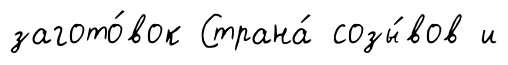
загото́вок Страна́ созы́вов и